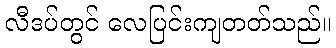
လီဒပ်တွင် လေပြင်းကျတတ်သည်။